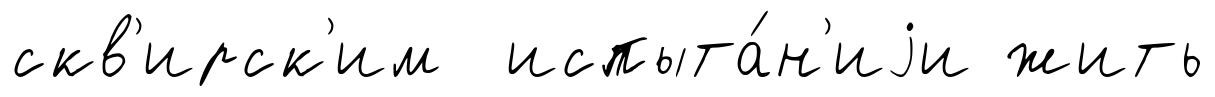
скв'ирск'им испыта́н'иjи жить